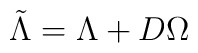
\tilde\Lambda=\Lambda+D\Omega